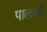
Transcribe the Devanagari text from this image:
पालखीं